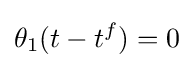
\theta _{1}(t-t^{f})=0